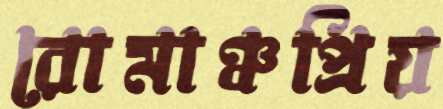
রোমাঞ্চপ্রিয়